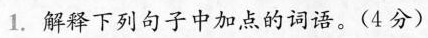
1.解释下列句子中加点的词语。（4分）